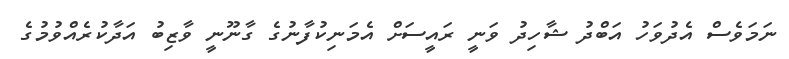
ނަމަވެސް އެދުވަހު އަބްދު ޝާހިދު ވަނީ ރައީސަށް އެމަނިކުފާނުގެ ގާނޫނީ ވާޒިބު އަދާކުރެއްވުމުގެ